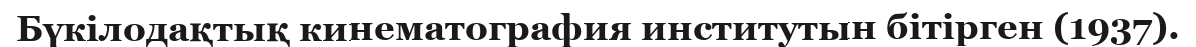
Бүкілодақтық кинематография институтын бітірген (1937).